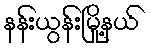
နန်းယွန်းမြို့နယ်